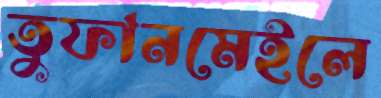
তুফানমেইলে